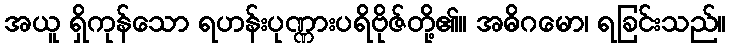
အယူ ရှိကုန်သော ရဟန်းပုဏ္ဏားပရိဗိုဇ်တို့၏။ အဓိဂမော၊ ရခြင်းသည်။